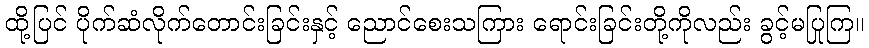
ထို့ပြင် ပိုက်ဆံလိုက်တောင်းခြင်းနှင့် ညောင်စေးသကြား ရောင်းခြင်းတို့ကိုလည်း ခွင့်မပြုကြ။